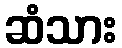
ဆံသား